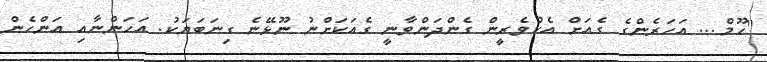
"ހޫމް... އަހަރެންގެ ގެއަށް އެކުވެރީން ގެންދަންވާނީ ގެއަކަށްނު ނޫޅޭނެ ގިނަބަޔަކު. އަހަންނާއި އަންހެން